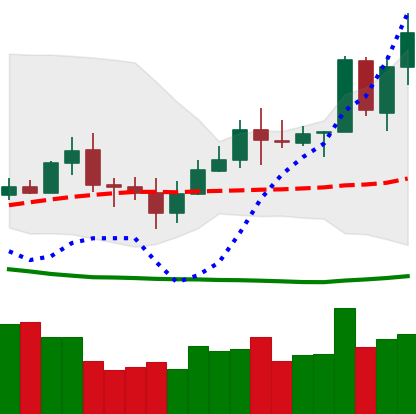
Ticker: TRX-USD
Chart end date: 2020-07-09
Forward return: -4.39%
Label: down_3_5